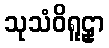
သုသံဝိရူဠှာ